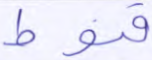
قنوط